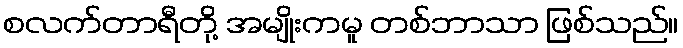
စလက်တာရီတို့ အမျိုးကမူ တစ်ဘာသာ ဖြစ်သည်။